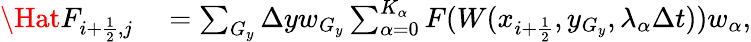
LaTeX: \begin{array}{rl}{\Hat F_{i+\frac{1}{2},j}}&{{}=\sum_{G_{y}}\Delta yw_{G_{y}}\sum_{\alpha=0}^{K_{\alpha}}F(W(x_{i+\frac{1}{2}},y_{G_{y}},\lambda_{\alpha}\Delta t))w_{\alpha},}\end{array}